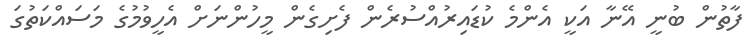
ފާތުން ބުނީ އޭނާ އަކީ އެންމެ ކުޑައިރުއްސުރެން ފެށިގެން މީހުންނަށް އެހީވުމުގެ މަސައްކަތުގަ